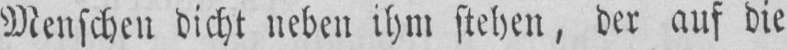
Menschen dicht neben ihm stehen, dcr auf die